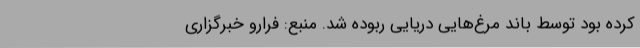
کرده بود توسط باند مرغ‌هایی دریایی ربوده شد. منبع: فرارو خبرگزاری